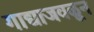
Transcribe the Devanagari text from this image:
गाद्याजवळून